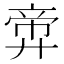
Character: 𪪶